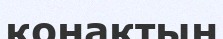
қонақтың